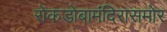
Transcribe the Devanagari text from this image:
रोकडोबामंदिरासमोर